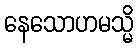
နေသောဟမသ္မိ